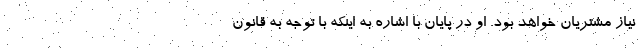
نیاز مشتریان خواهد بود. او در پایان با اشاره به اینکه با توجه به قانون